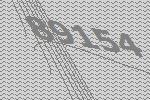
89154